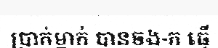
ប្រាក់ម្នាក់ បានចង-ក ធ្វើ